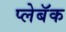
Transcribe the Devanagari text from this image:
प्लेबॅक